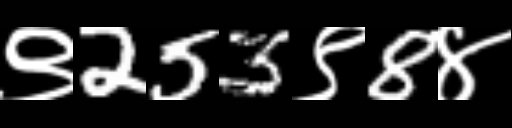
Text: ९253९8४